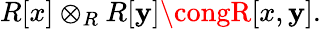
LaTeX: R[x]\otimes_{R}R[\mathbf{y}]\congR[x,\mathbf{y}].